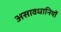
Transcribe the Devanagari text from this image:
असावधानियों